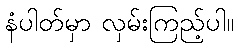
နံပါတ်မှာ လှမ်းကြည့်ပါ။